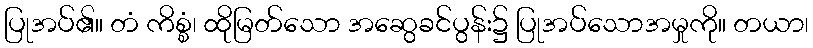
ပြုအပ်၏။ တံ ကိစ္စံ၊ ထိုမြတ်သော အဆွေခင်ပွန်း၌ ပြုအပ်သောအမှုကို။ တယာ၊